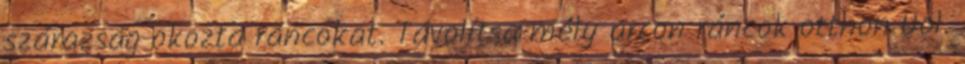
szárazság okozta ráncokat. Távolítsa mély arcon ráncok otthon Uol.